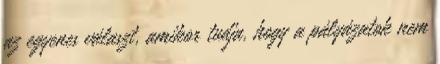
az egyenes választ, amikor tudja, hogy a pályázatok nem